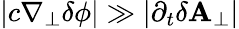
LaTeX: |c\nabla_{\perp}\delta\phi|\gg|\partial_{t}\mathbf{\delta A_{\perp}}|